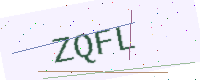
Text: ZQFL